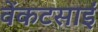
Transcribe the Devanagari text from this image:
वेंकटसाईं